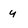
Character: u